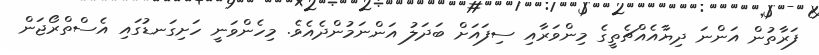
ފަރާތުން އަންނަ ދިޔާއެއްޗެތީގެ މިންވަރާއި ސިފައަށް ބަދަލު އަންނަމުންދެއެވެ. މިހެންވަނީ ހަށިގަނޑުގައި އެސްތްރޯޖަން